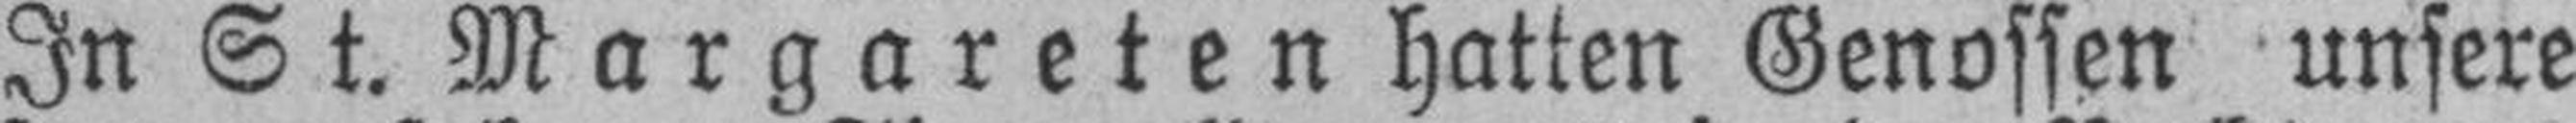
In St. Margareten hatten Genossen unsere